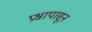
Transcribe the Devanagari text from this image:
प्रश्नापासून